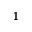
^ { 1 }